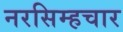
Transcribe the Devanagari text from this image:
नरसिम्हचार